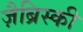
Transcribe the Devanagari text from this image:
ज़ैब्रिस्की